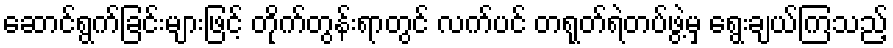
ဆောင်ရွက်ခြင်းများဖြင့် တိုက်တွန်းရာတွင် လက်ပင် တရုတ်ရဲတပ်ဖွဲ့မှ ရွေးချယ်ကြသည့်